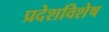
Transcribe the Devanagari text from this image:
प्रदेशविशेष